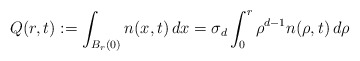
\begin{align*}Q(r,t):=\int_{B_{r}(0)}n(x,t) \,dx=\sigma_{d}\int_{0}^{r}\rho^{d-1} n(\rho,t)\,d\rho\end{align*}